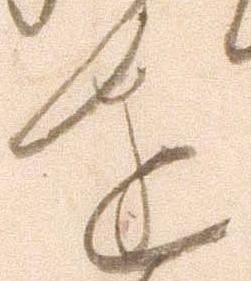
達